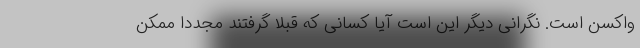
واکسن است. نگرانی دیگر این است آیا کسانی که قبلاً گرفتند مجدداً ممکن